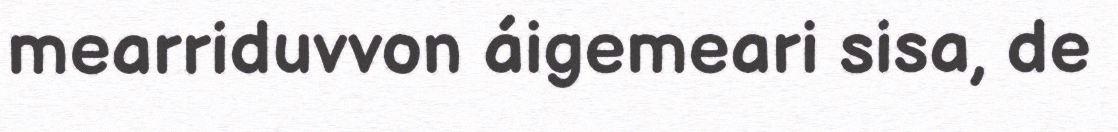
mearriduvvon áigemeari sisa, de